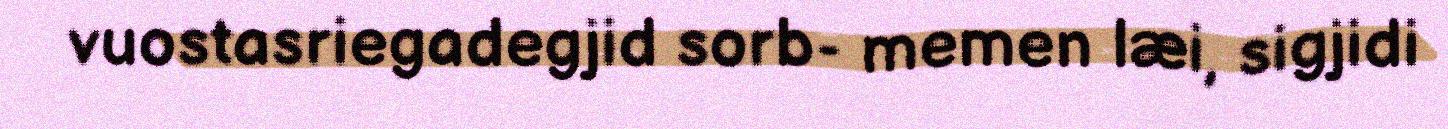
vuostasriegadegjid sorb- memen læi, sigjidi